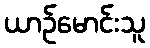
ယာဉ်မောင်းသူ